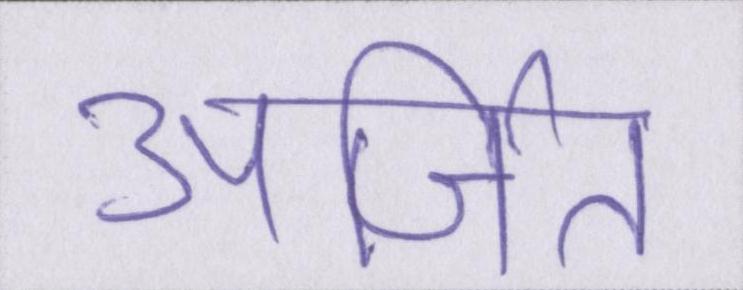
अर्जित